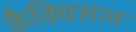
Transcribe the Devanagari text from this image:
कैक्विसल